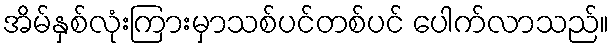
အိမ်နှစ်လုံးကြားမှာသစ်ပင်တစ်ပင် ပေါက်လာသည်။